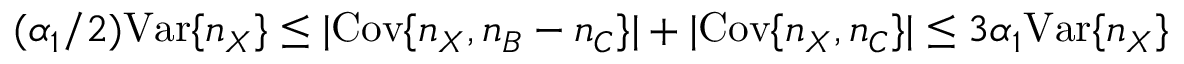
( \alpha _ { 1 } / 2 ) \mathrm { V a r } \{ n _ { X } \} \leq | \mathrm { C o v } \{ n _ { X } , n _ { B } - n _ { C } \} | + | \mathrm { C o v } \{ n _ { X } , n _ { C } \} | \leq 3 \alpha _ { 1 } \mathrm { V a r } \{ n _ { X } \}